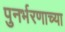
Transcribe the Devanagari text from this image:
पुनर्भरणाच्या